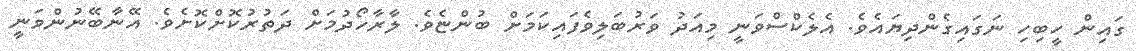
ގައިން ހީބިހި ނަގައިގެންދިޔައެވެ. އެލެކްސްވަނީ މިއަދު ވަރުބަލިވެފައިކަމަށް ބުންޏެވެ. ލާރާހޯދުމަށް ދަތުރުކޮށްކޮށެވެ. އޭނާބޭނުންވަނީ